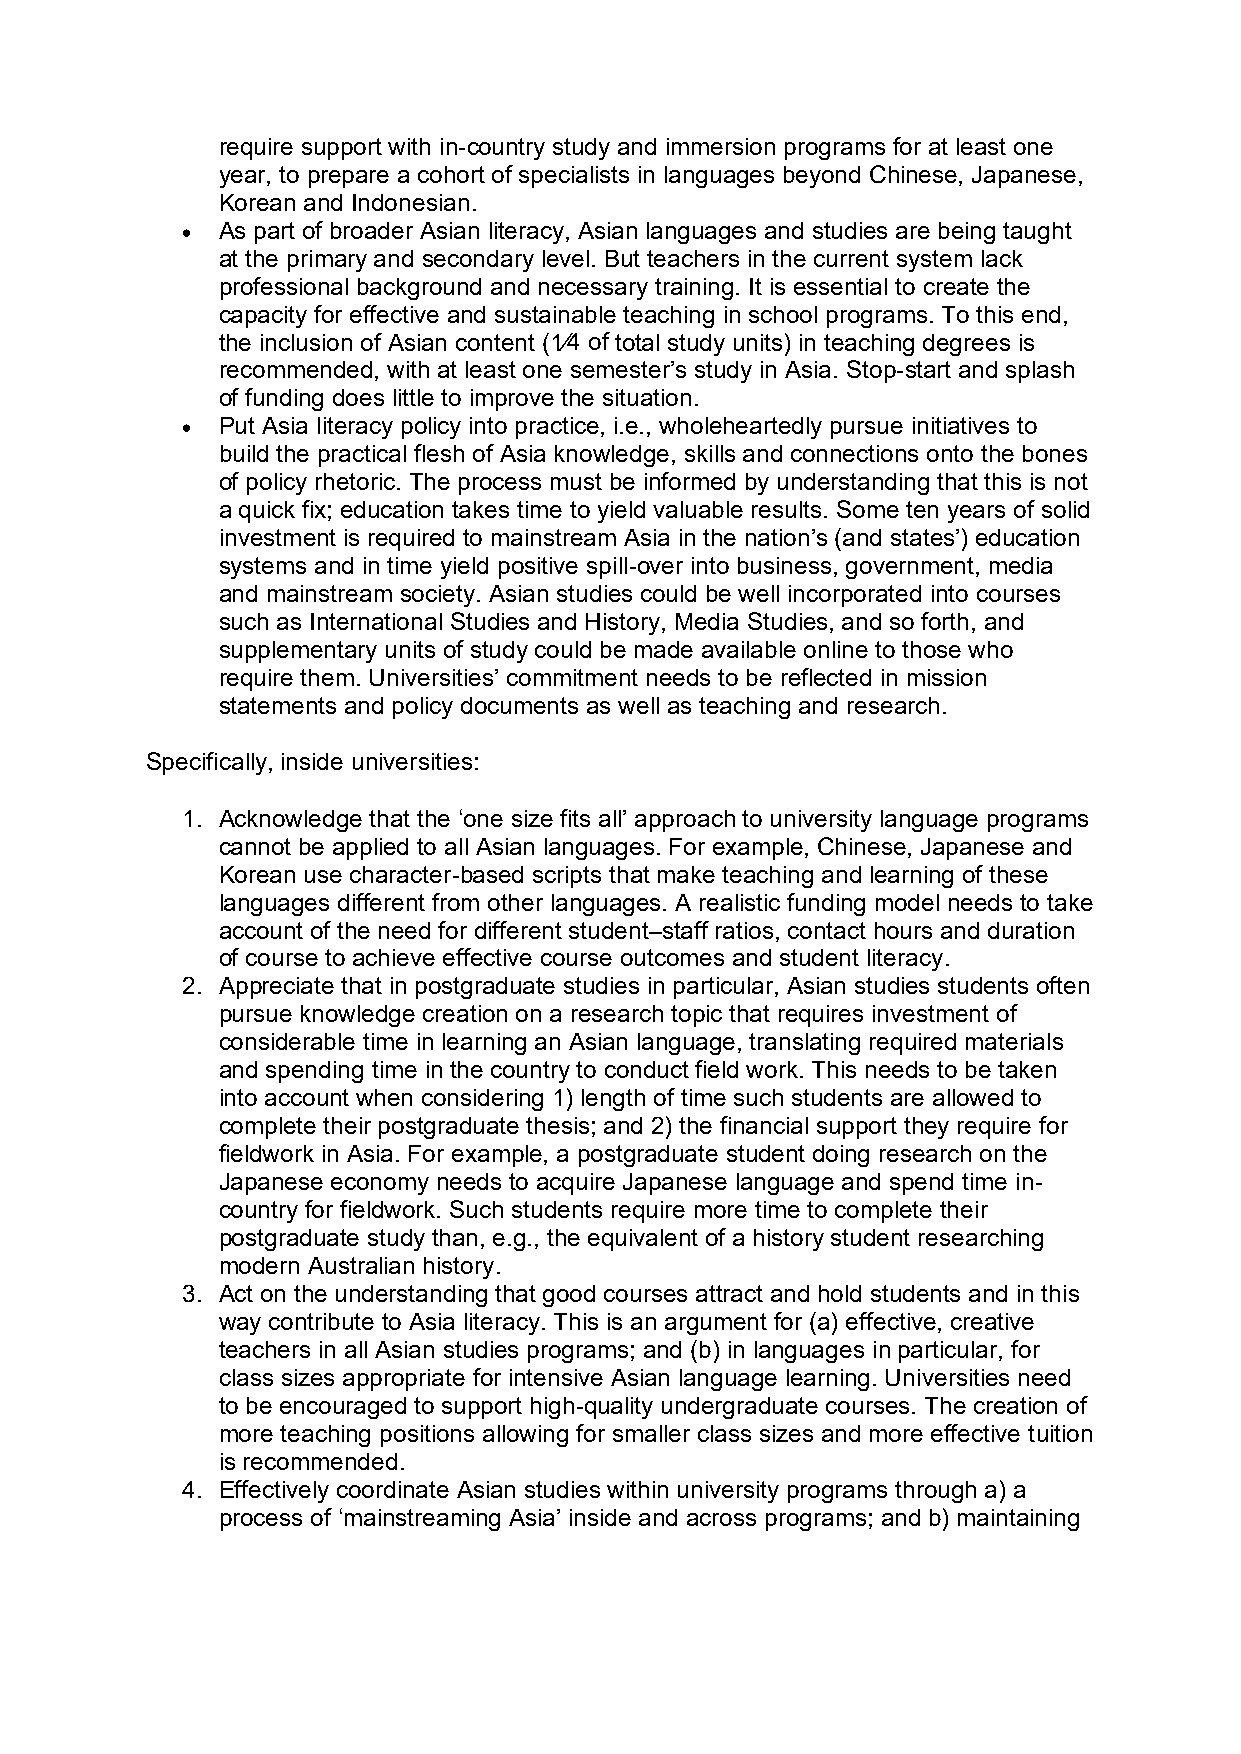
require support with in-country study and immersion programs for at least one
 year, to prepare a cohort of specialists in languages beyond Chinese, Japanese,
 Korean and Indonesian.
  As part of broader Asian literacy, Asian languages and studies are being taught
 at the primary and secondary level. But teachers in the current system lack
 professional background and necessary training. It is essential to create the
 capacity for effective and sustainable teaching in school programs. To this end,
 the inclusion of Asian content (1⁄4 of total study units) in teaching degrees is
 recommended, with at least one semester’s study in Asia. Stop-start and splash
 of funding does little to improve the situation.
  Put Asia literacy policy into practice, i.e., wholeheartedly pursue initiatives to
 build the practical flesh of Asia knowledge, skills and connections onto the bones
 of policy rhetoric. The process must be informed by understanding that this is not
 a quick fix; education takes time to yield valuable results. Some ten years of solid
 investment is required to mainstream Asia in the nation’s (and states’) education
 systems and in time yield positive spill-over into business, government, media
 and mainstream society. Asian studies could be well incorporated into courses
 such as International Studies and History, Media Studies, and so forth, and
 supplementary units of study could be made available online to those who
 require them. Universities’ commitment needs to be reflected in mission
 statements and policy documents as well as teaching and research.
 Specifically, inside universities:
 1. Acknowledge that the ‘one size fits all’ approach to university language programs
 cannot be applied to all Asian languages. For example, Chinese, Japanese and
 Korean use character-based scripts that make teaching and learning of these
 languages different from other languages. A realistic funding model needs to take
 account of the need for different student–staff ratios, contact hours and duration
 of course to achieve effective course outcomes and student literacy.
 2. Appreciate that in postgraduate studies in particular, Asian studies students often
 pursue knowledge creation on a research topic that requires investment of
 considerable time in learning an Asian language, translating required materials
 and spending time in the country to conduct field work. This needs to be taken
 into account when considering 1) length of time such students are allowed to
 complete their postgraduate thesis; and 2) the financial support they require for
 fieldwork in Asia. For example, a postgraduate student doing research on the
 Japanese economy needs to acquire Japanese language and spend time in-
 country for fieldwork. Such students require more time to complete their
 postgraduate study than, e.g., the equivalent of a history student researching
 modern Australian history.
 3. Act on the understanding that good courses attract and hold students and in this
 way contribute to Asia literacy. This is an argument for (a) effective, creative
 teachers in all Asian studies programs; and (b) in languages in particular, for
 class sizes appropriate for intensive Asian language learning. Universities need
 to be encouraged to support high-quality undergraduate courses. The creation of
 more teaching positions allowing for smaller class sizes and more effective tuition
 is recommended.
 4. Effectively coordinate Asian studies within university programs through a) a
 process of ‘mainstreaming Asia’ inside and across programs; and b) maintaining